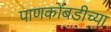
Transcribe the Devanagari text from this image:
पाणकोंबडीच्या